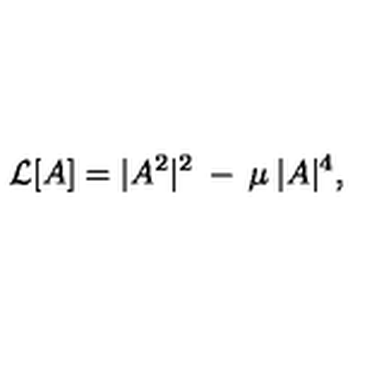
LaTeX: { \cal { L } } [ A ] = | A ^ { 2 } | ^ { 2 } \: - \: \mu \: | A | ^ { 4 } ,